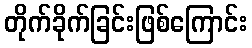
တိုက်ခိုက်ခြင်းဖြစ်ကြောင်း